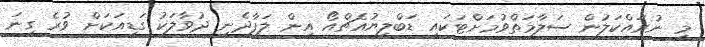
މި ނުރައްކަލުން ސަލާމަތްވުމަށްޓަކައި ޑަބްލިޔުއެޗްއޯ އިން ލަފާދެނީ ދުވާލަކު ގަޑިއަކަށް ވުރެ ގިނަ